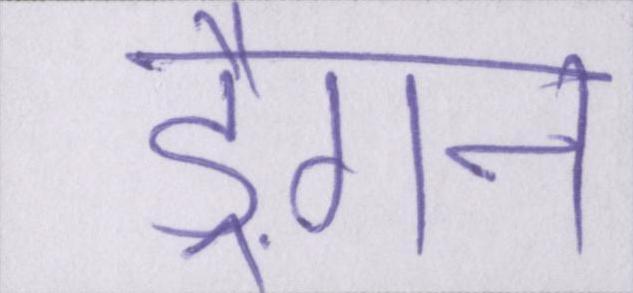
ड्रैगन